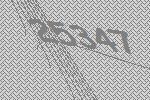
25347